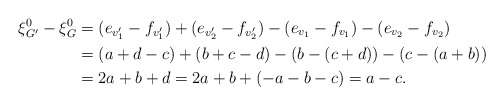
\begin{align*}\xi^0_{G^{\prime}}-\xi^0_G &=(e_{v^{\prime}_1}-f_{v^{\prime}_1})+(e_{v^{\prime}_2}-f_{v^{\prime}_2})-(e_{v_1}-f_{v_1})-(e_{v_2}-f_{v_2}) \\&=(a+d-c)+(b+c-d)-(b-(c+d))-(c-(a+b)) \\&=2a+b+d=2a+b+(-a-b-c)=a-c.\end{align*}